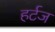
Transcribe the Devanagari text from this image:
हर्टज